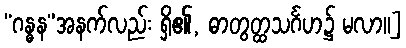
“ဂန္ဓန”အနက်လည်း ရှိ၏, ဓာတွတ္ထသင်္ဂဟ၌ မလာ။]